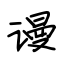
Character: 谩